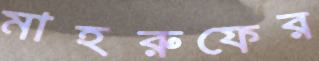
মাহরুফের